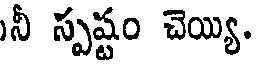
నీ స్పష్టం చెయ్యి.